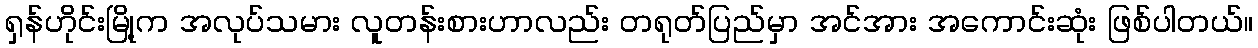
ရှန်ဟိုင်းမြို့က အလုပ်သမား လူတန်းစားဟာလည်း တရုတ်ပြည်မှာ အင်အား အကောင်းဆုံး ဖြစ်ပါတယ်။